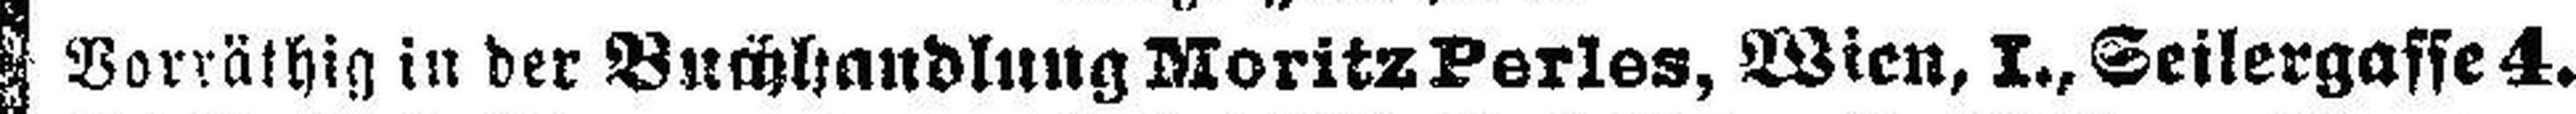
Vorräthig in der Buchhandlung Morit Perles, Wien, I., Seilergasse 4.